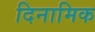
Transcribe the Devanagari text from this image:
दिनामिक